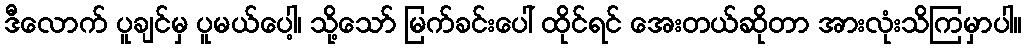
ဒီလောက် ပူချင်မှ ပူမယ်ပေါ့၊ သို့သော် မြက်ခင်းပေါ် ထိုင်ရင် အေးတယ်ဆိုတာ အားလုံးသိကြမှာပါ။